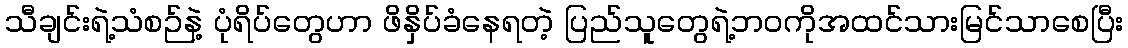
သီချင်းရဲ့သံစဉ်နဲ့ ပုံရိပ်တွေဟာ ဖိနှိပ်ခံနေရတဲ့ ပြည်သူတွေရဲ့ဘဝကိုအထင်သားမြင်သာစေပြီး